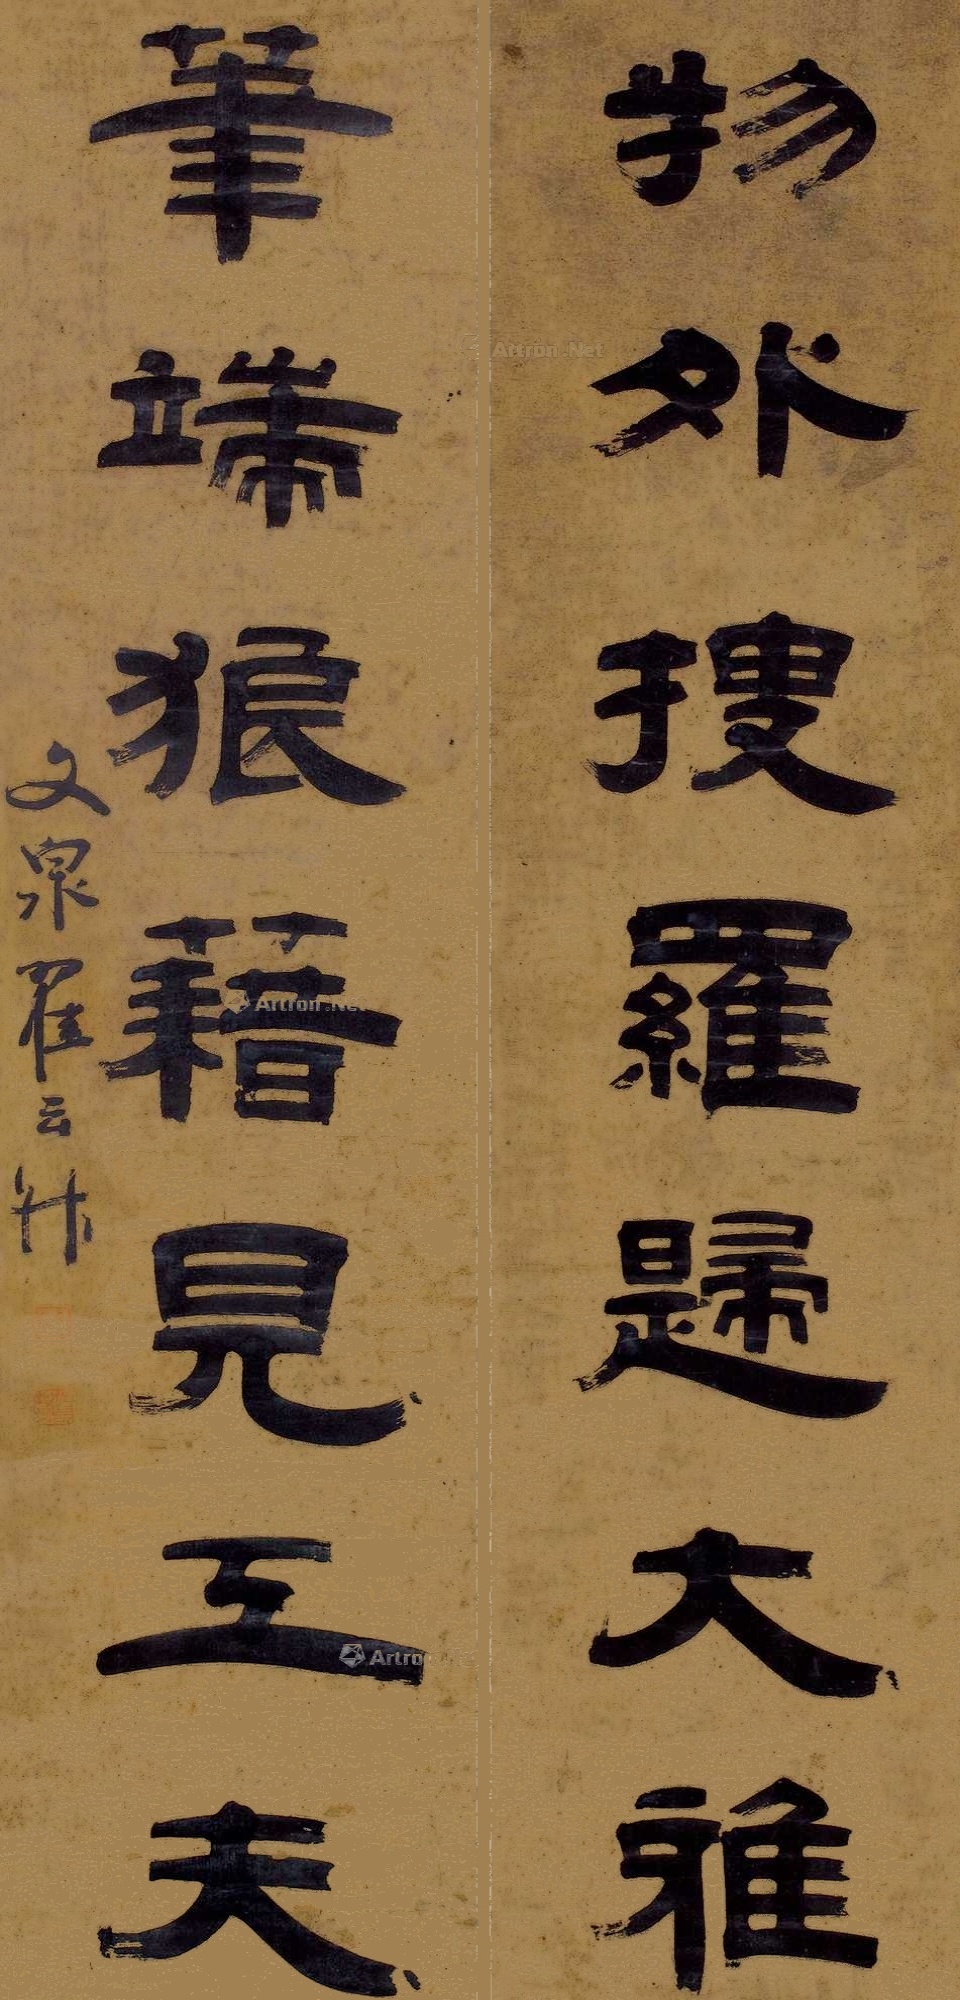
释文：物外搜罗归大雅；笔端狼藉见工夫。文泉翟云升。